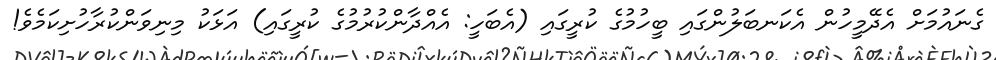
ގެނައުމަށް އެދޭމީހުން އެކަނބަލުންގައި ބީހުމުގެ ކުރީގައި (އެބަހީ: އެއްދާންކުރުމުގެ ކުރީގައި) އަޅަކު މިނިވަންކުރާހުށިކަމެވެ!